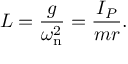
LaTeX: L = { \frac { g } { \omega _ { \mathrm { n } } ^ { 2 } } } = { \frac { I _ { P } } { m r } } .